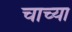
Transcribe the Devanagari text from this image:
चाच्या